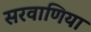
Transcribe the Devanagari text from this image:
सरवाणिया